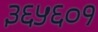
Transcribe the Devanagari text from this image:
३६५६०१